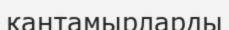
қантамырларды